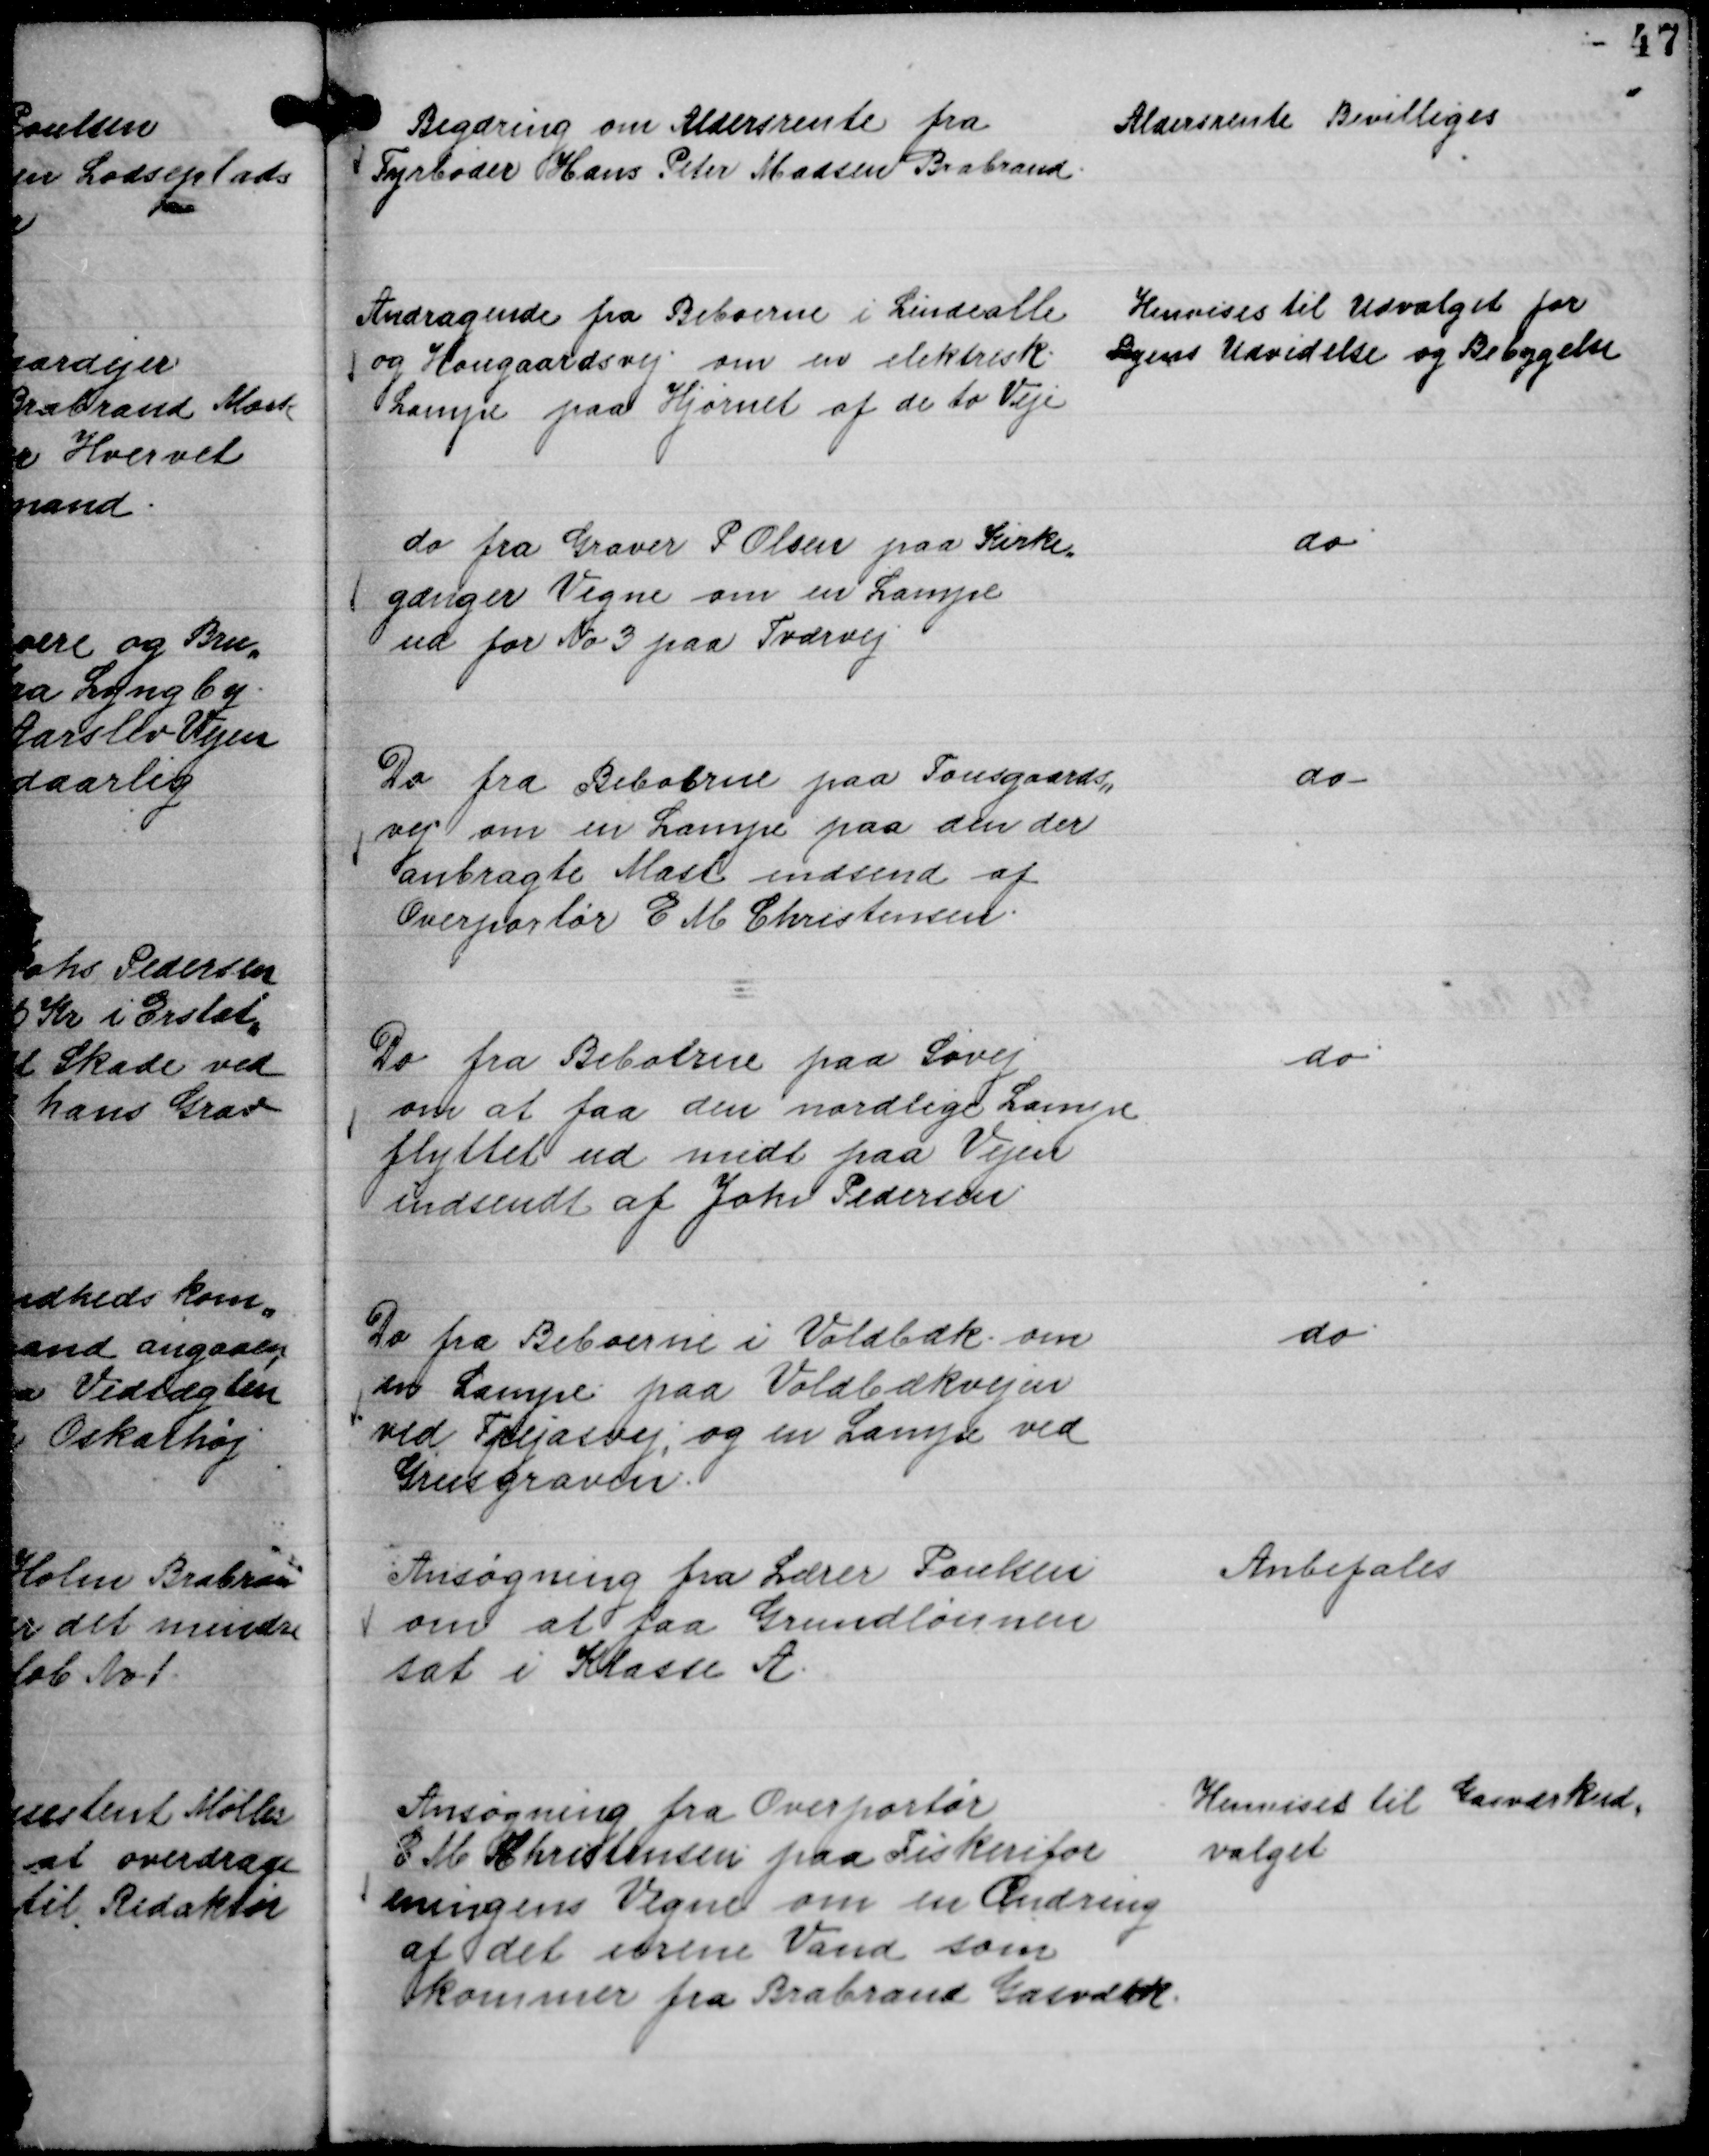
Transskription:
Begæring om Aldersrente fra
Fyrbøder Hans Peter Madsen Brabrand.

Aldersrente Bevilliges

Andragende fra Beboerne i Lindealle
og Hougaardsvej om en elektrisk
Lampe paa Hjørnet af de to Veje

Henvises til Udvalget for
Byens Udvidelse og Bebyggelse

do fra Graver P. Olsen paa Kirke,,
gænger Vegne om en Lampe
ud for No 3 paa Tværvej

do

Do fra Beboerne paa Tousgaards,,
vej om en Lampe paa den der
anbragte Mast indsend af
Overportør E M Christensen.

do.

Do fra Beboerne paa Søvej
om at faa den nordlige Lampe
flyttet ud midt paa Vejen
indsendt af Johs Pedersen

do.

Do fra Beboerne i Voldbæk om
en Lampe paa Voldbækvejen
ved Frejasvej, og en Lampe ved
Grusgraven.

do.

Ansøgning fra Lærer Poulsen
om at faa Grundlønnen
sat i Klasse A.

Anbefales

Ansøgning fra Overportør
E M Christensen paa Fiskerifor
eningens Vegne om en Ændring
af det urene Vand som
kommer fra Brabrand Gasværk.

Henvises til Gasværkud,,
valget.